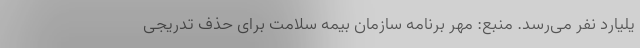
یلیارد نفر می‌رسد. منبع: مهر برنامه سازمان بیمه سلامت برای حذف تدریجی